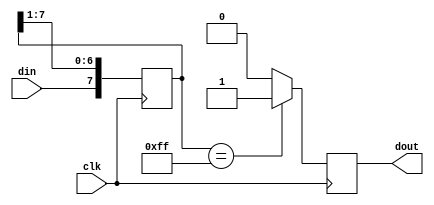
module debounce (
    input wire clk,
    input wire din,
    output reg dout = 1'b0
);

reg [7:0] shift = 8'd0;

always @(posedge clk)
begin
    dout <= 1'b0;
    shift <= {din, shift[7:1]};
    if(shift == 8'hff)
    begin
        dout <= 1'b1;
    end
end

endmodule